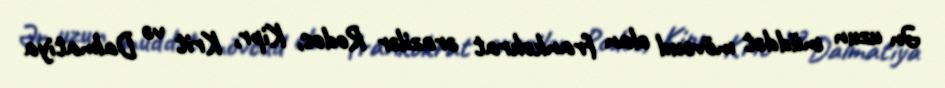
Ən uzun müddət mövcud olan frankokrat ərazilər Rodos, Kipr, Krit və Dalmatiya